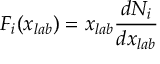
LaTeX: F _ { i } ( x _ { l a b } ) = x _ { l a b } \frac { d N _ { i } } { d x _ { l a b } }